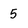
Character: 5